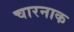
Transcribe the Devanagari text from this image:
चारनाक